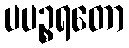
ပပဉ္စရတော